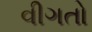
વીગતો